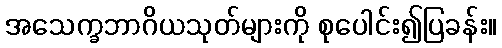
အသေက္ခဘာဂိယသုတ်များကို စုပေါင်း၍ပြခန်း။